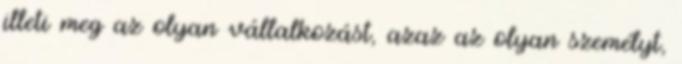
illeti meg az olyan vállalkozást, azaz az olyan személyt,